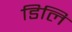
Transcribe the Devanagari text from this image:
डिलि